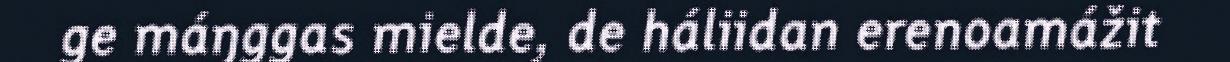
ge máŋggas mielde, de háliidan erenoamážit